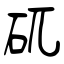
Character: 矹